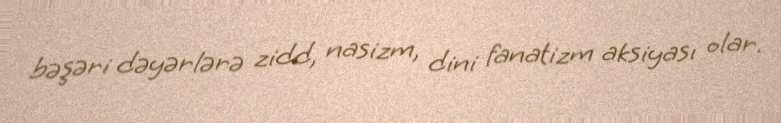
bəşəri dəyərlərə zidd, nasizm, dini fanatizm aksiyası olar.